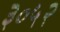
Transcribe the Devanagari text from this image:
३०५२